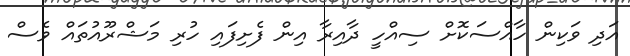
އަދި ވަކިން ހާއްސަކޮށް ސިއްހީ ދާއިރާ އިން ފެށިފައި ހުރި މަޝްރޫއުތައް ވެސް